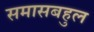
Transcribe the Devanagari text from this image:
समासबहुल